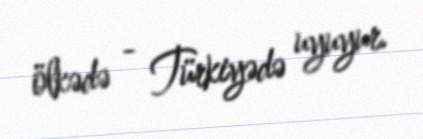
ölkədə - Türkiyədə uyuyur.